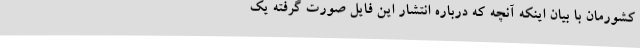
کشورمان با بیان اینکه آنچه که درباره انتشار این فایل صورت گرفته یک